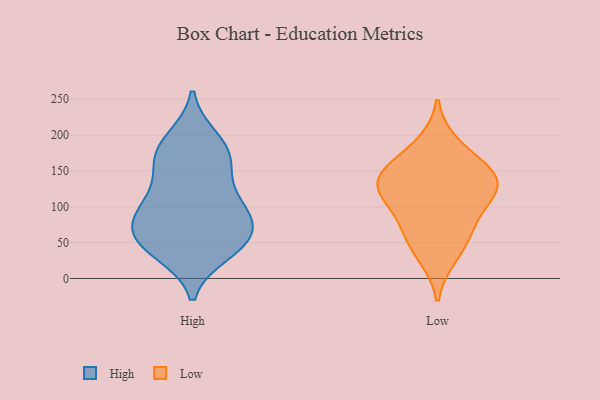
{"axis": {"x": "LTV (USD)", "y": "Value"}, "legend": ["High", "Low"], "data": [{"x": "", "y": 151, "type": "High"}, {"x": "", "y": 106, "type": "High"}, {"x": "", "y": 48, "type": "High"}, {"x": "", "y": 183, "type": "High"}, {"x": "", "y": 95, "type": "High"}, {"x": "", "y": 66, "type": "High"}, {"x": "", "y": 37, "type": "High"}, {"x": "", "y": 56, "type": "High"}, {"x": "", "y": 194, "type": "High"}, {"x": "", "y": 94, "type": "High"}, {"x": "", "y": 65, "type": "High"}, {"x": "", "y": 174, "type": "High"}, {"x": "", "y": 45, "type": "High"}, {"x": "", "y": 159, "type": "High"}, {"x": "", "y": 101, "type": "High"}, {"x": "", "y": 61, "type": "Low"}, {"x": "", "y": 115, "type": "Low"}, {"x": "", "y": 186, "type": "Low"}, {"x": "", "y": 112, "type": "Low"}, {"x": "", "y": 146, "type": "Low"}, {"x": "", "y": 32, "type": "Low"}, {"x": "", "y": 142, "type": "Low"}, {"x": "", "y": 72, "type": "Low"}, {"x": "", "y": 150, "type": "Low"}, {"x": "", "y": 127, "type": "Low"}]}